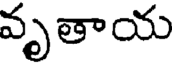
వృతాయ